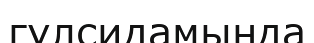
гүлсидамында